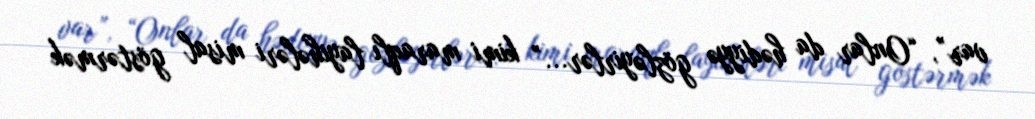
var”, “Onlar da hədiyyə gözləyirlər...” kimi maraqlı layihələri misal göstərmək